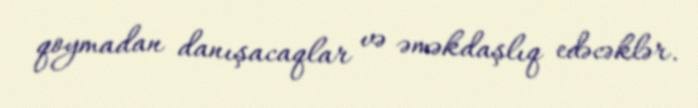
qoymadan danışacaqlar və əməkdaşlıq edəcəklər.